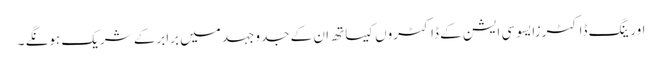
اورینگ ڈاکٹرزایسوسی ایشن کے ڈاکٹروں کیساتھ ان کے جدوجہد میں برابرکے شریک ہونگے ۔